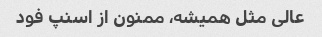
عالی مثل همیشه، ممنون از اسنپ فود